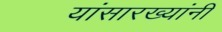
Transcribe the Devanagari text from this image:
यांसारख्यांनी